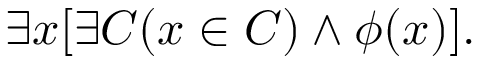
\exists x [ \exists C ( x \in C ) \land \phi ( x ) ] .